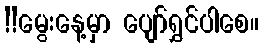
!!မွေးနေ့မှာ ပျော်ရွှင်ပါစေ။